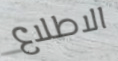
الاطلاع